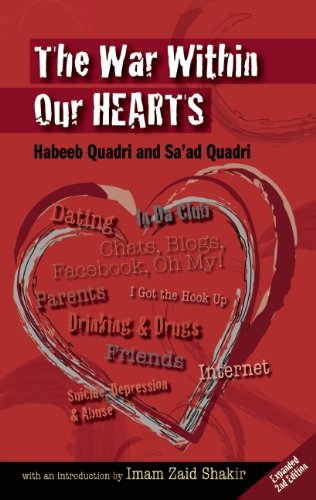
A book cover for The War Within Our Hearts; Habeeb Quadri; Teen & Young Adult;